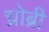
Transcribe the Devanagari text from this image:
च्रोब्री